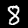
Label: 8